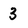
Character: 3